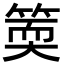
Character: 𥯬